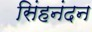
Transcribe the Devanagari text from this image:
सिंहनंदन